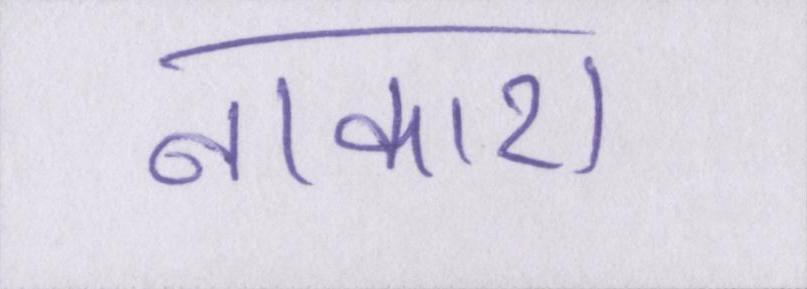
नाकारा